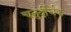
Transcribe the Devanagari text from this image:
चतुर्दीर्घक